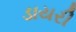
ડાયરી